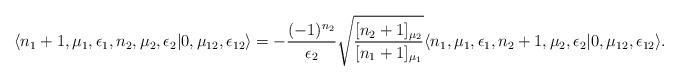
LaTeX: \begin{align*} \langle n_1 + 1, \mu_1,\epsilon_1, n_2, \mu_2,\epsilon_2 | 0,\mu_{12},\epsilon_{12}\rangle = - \frac{(-1)^{n_2}}{\epsilon_2} \sqrt{\frac{[n_2 + 1]_{\mu_2}}{[n_1+1]_{\mu_1}}} \langle n_1, \mu_1,\epsilon_1, n_2+1, \mu_2,\epsilon_2 | 0,\mu_{12},\epsilon_{12}\rangle.\end{align*}